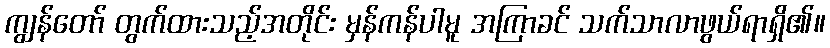
ကျွန်တော် တွက်ထားသည့်အတိုင်း မှန်ကန်ပါမူ အကြာခင် သက်သာလာဖွယ်ရာရှိ၏။